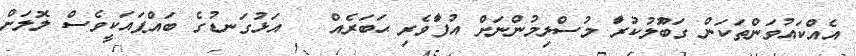
އެއްކައުވަންތަކަން ގަބުުުޫލުކުރަަާ މުސްލިމުންނަށް އުފަަާވެރި ޙަބަރެއް   އަޅުގަނޑުގެ ބައްޕައަކީވެސް ލޮލަށް